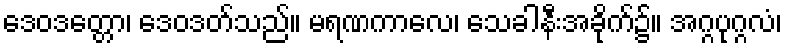
ဒေဝဒတ္တော၊ ဒေဝဒတ်သည်။ မရဏကာလေ၊ သေခါနီးအခိုက်၌။ အဂ္ဂပုဂ္ဂလံ၊